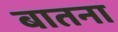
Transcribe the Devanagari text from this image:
बातना